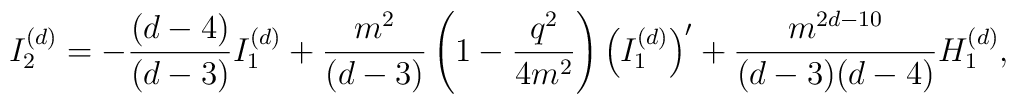
I_2^{(d)}=-\frac{(d-4)}{(d-3)}I_1^{(d)}+\frac{m^2}{(d-3)}\left(1-\frac{q^2}{4m^2}\right)\left(I_1^{(d)} \right)' +\frac{m^{2d-10}}{(d-3)(d-4)}H_1^{(d)},